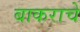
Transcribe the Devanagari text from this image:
बाकराचे